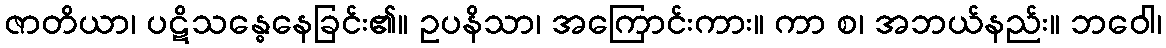
ဇာတိယာ၊ ပဋိသန္ဓေနေခြင်း၏။ ဥပနိသာ၊ အကြောင်းကား။ ကာ စ၊ အဘယ်နည်း။ ဘဝေါ၊